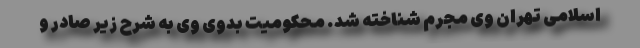
اسلامی تهران وی مجرم شناخته شد. محکومیت بدوی وی به شرح زیر صادر و